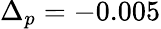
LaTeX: \Delta_{p}=-0.005